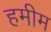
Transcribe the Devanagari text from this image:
हमीम